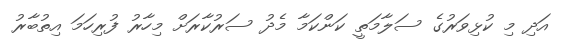
އަދި މި ކުޅިވަރުގެ ސަލާމަތީ ކަންކަމާ މެދު ސަރުކާރަށް މިހާރު ފުރިހަމަ އިތުބާރު